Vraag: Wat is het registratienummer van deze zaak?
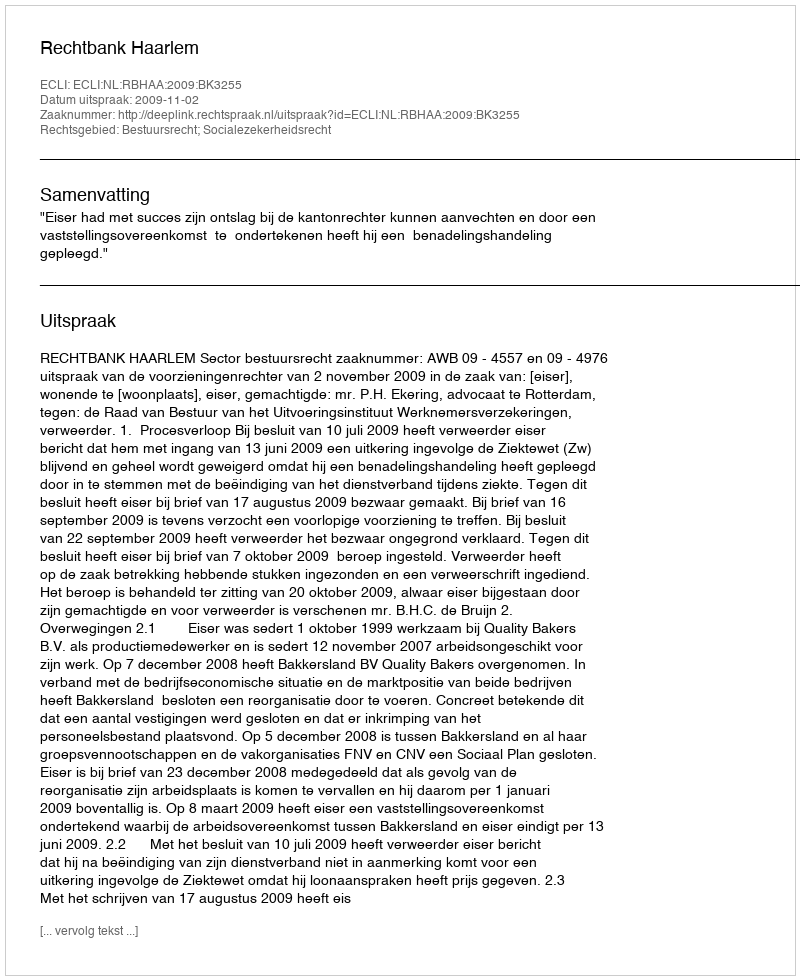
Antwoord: http://deeplink.rechtspraak.nl/uitspraak?id=ECLI:NL:RBHAA:2009:BK3255